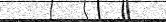
٧٢